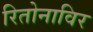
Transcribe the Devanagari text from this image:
रितोनाविर